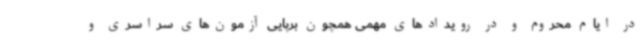
در ایام محروم و در رویدادهای مهمی همچون برپایی آزمون‌های سراسری و